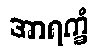
အာရက္ခံ